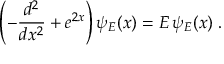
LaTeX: \left( - \frac { d ^ { 2 } } { d x ^ { 2 } } + e ^ { 2 x } \right) \psi _ { E } ( x ) = E \, \psi _ { E } ( x ) \; .